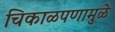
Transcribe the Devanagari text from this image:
चिकाळपणामुळे